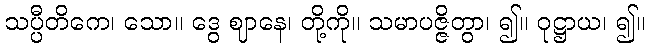
သပ္ပီတိကေ၊ သော။ ဒွေ ဈာနေ၊ တို့ကို။ သမာပဇ္ဇိတွာ၊ ၍။ ဝုဋ္ဌာယ၊ ၍။